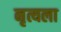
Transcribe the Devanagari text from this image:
नृत्यला